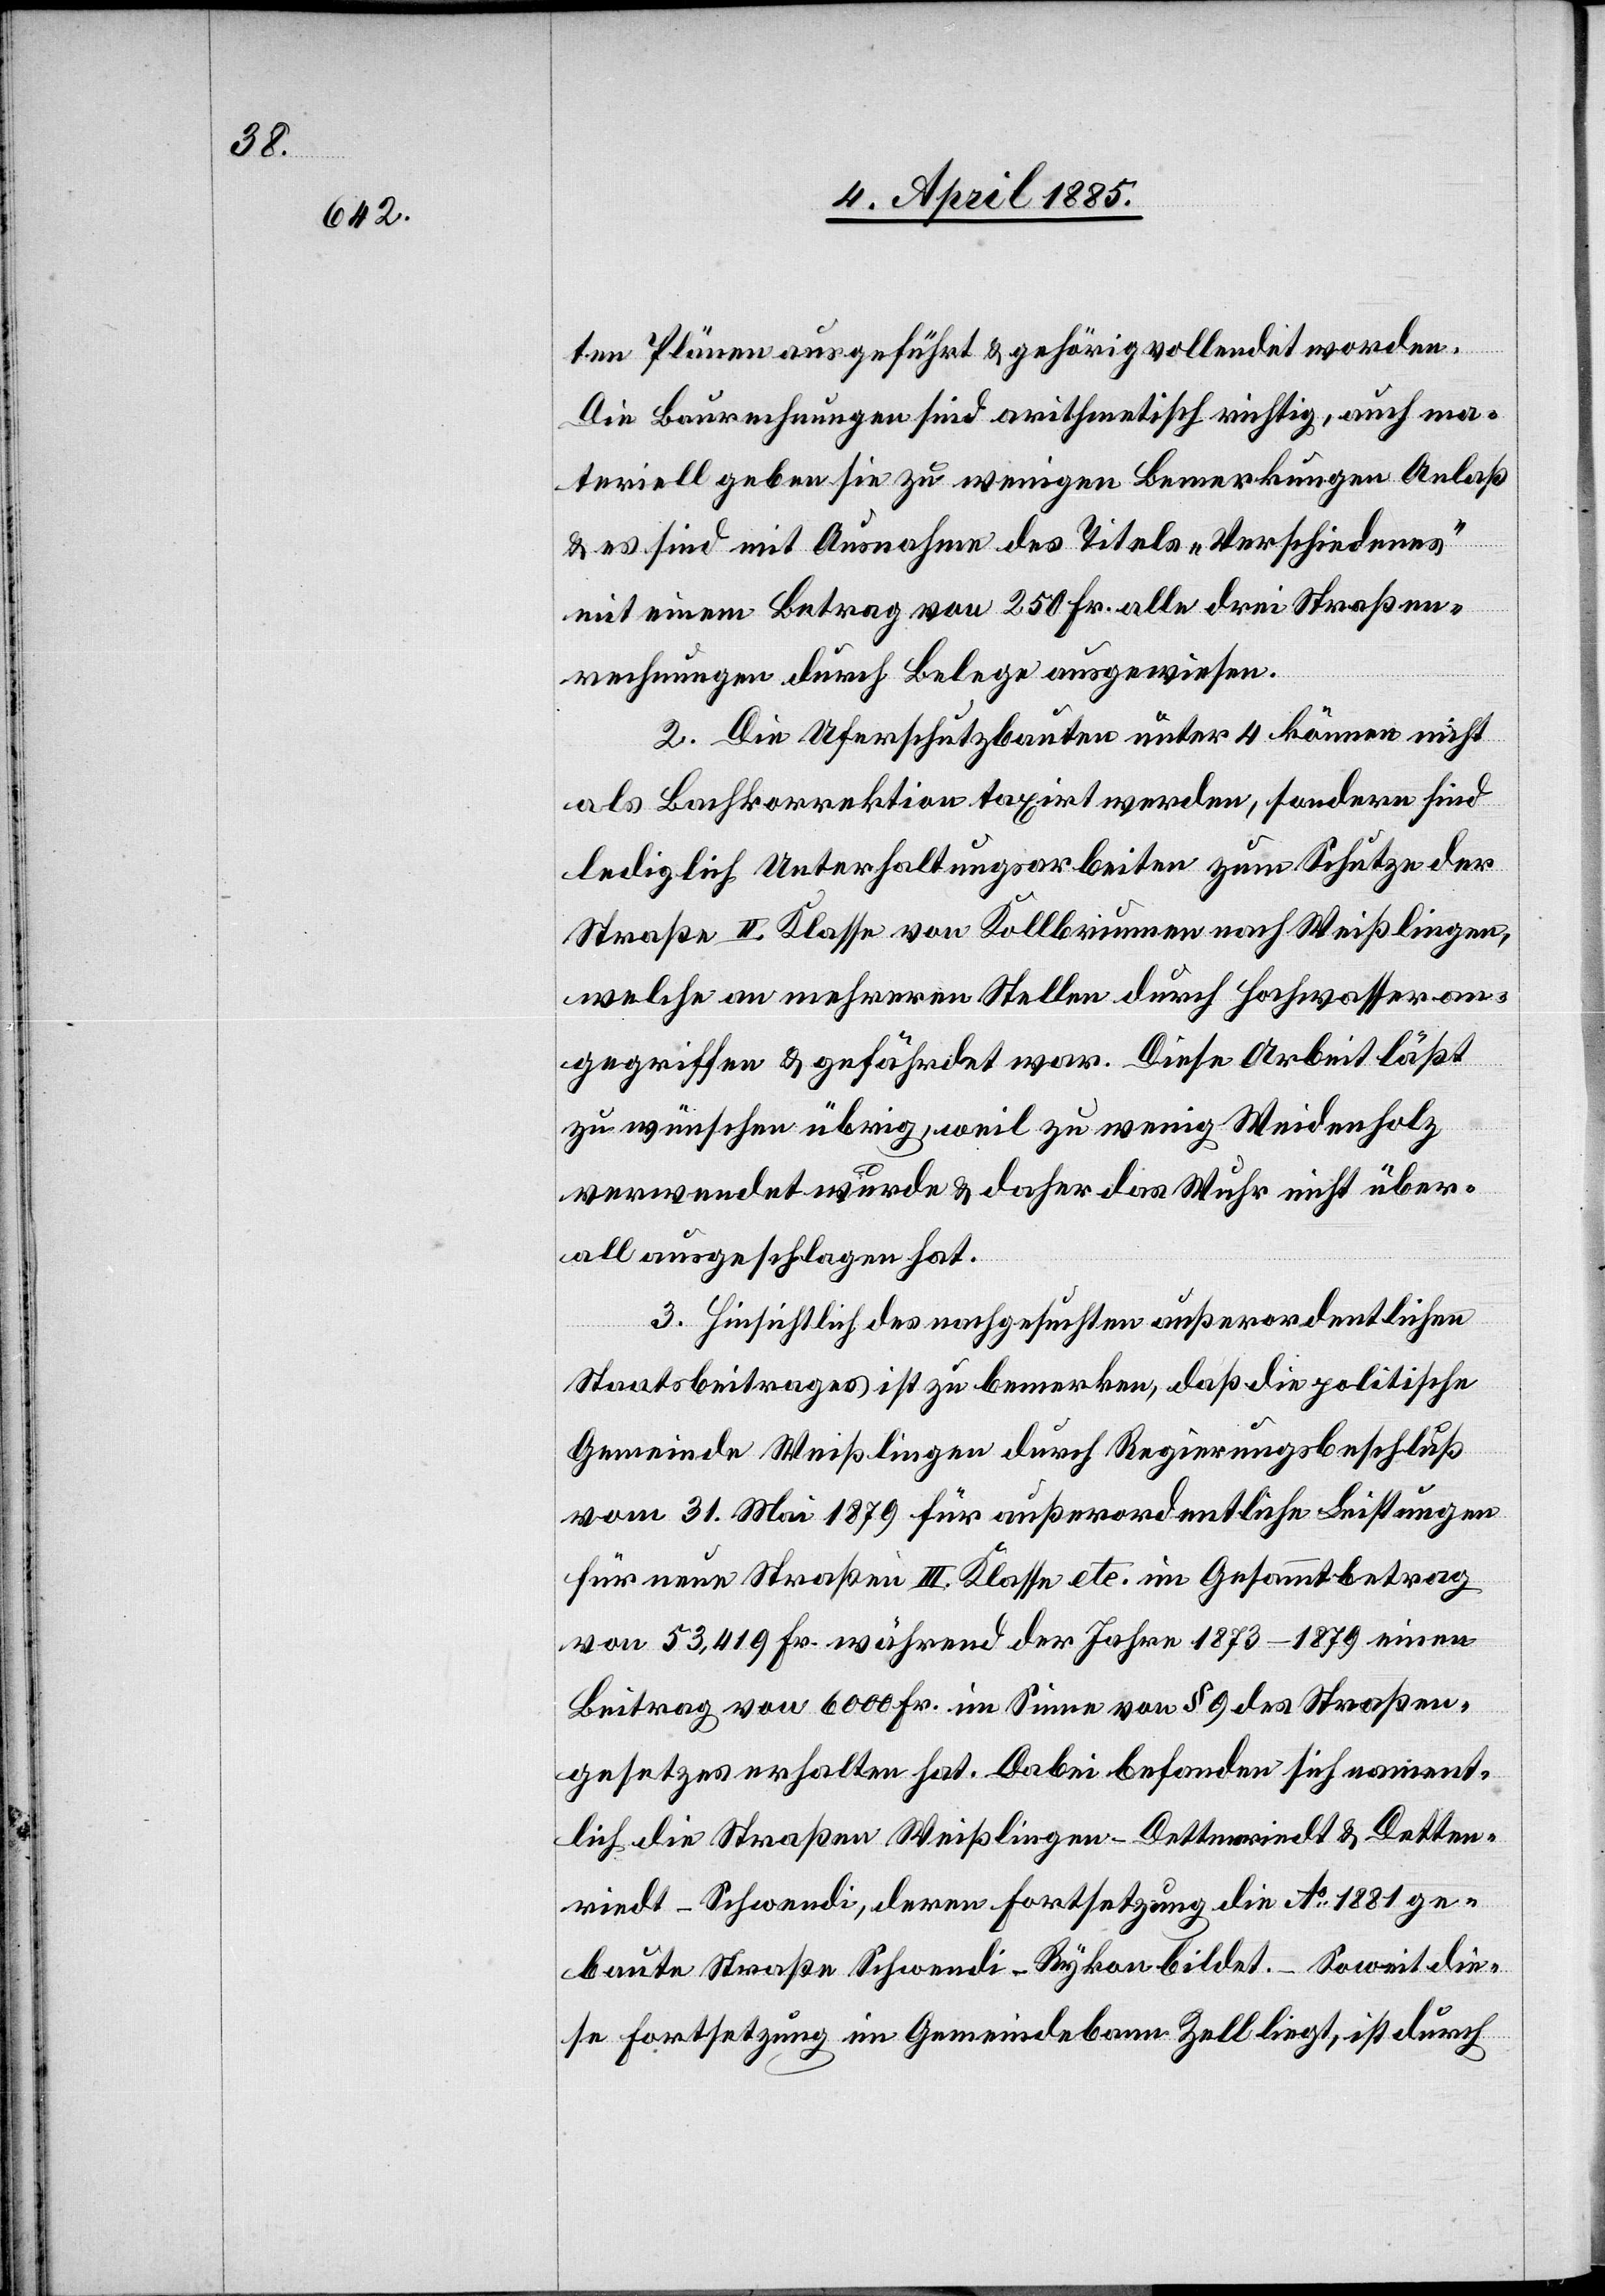
ten Plänen ausgeführt & gehörig vollendet worden.
Die Berechnungen sind arithmetisch richtig, auch ma¬
teriell geben sie zu wenigen Bemerkungen Anlaß
& es sind mit Ausnahme des Titels „Verschiedenes“
mit einem Betrag von 250 Fr. alle drei Straßen¬
rechnungen durch Belege ausgewiesen.
2. Die Uferschutzbauten unter 4 können nicht
als Bachkorrektion taxirt werden, sondern sind
lediglich Unterhaltungsarbeiten zum Schutze der
Straße II. Klasse von Kollbrunnen nach Weißlingen,
welche an mehreren Stellen durch Hochwasser an¬
gegriffen & gefährdet war. Diese Arbeit läßt
zu wünschen übrig, weil zu wenig Weidenholz
verwendet wurde & daher das Wuhr nicht über¬
all ausgeschlagen hat.
3. Hinsichtlich des nachgesuchten außerordentlichen
Staatsbeitrages ist zu bemerken, daß die politische
Gemeinde Weißlingen durch Regierungsbeschluß
vom 31. Mai 1879 für außerordentliche Leistungen
für neue Straßen III. Klasse etc. im Gesammtbetrag
von 53,419 Fr. während der Jahre 1873–1879 einen
Beitrag von 6000 Fr. im Sinne von § 9 des Straßen¬
gesetzes erhalten hat. Dabei befanden sich nament¬
lich die Straßen Weißlingen–Dettenriedt & Detten¬
riedt–Schwendi, deren Fortsetzung die No 1881 ge¬
baute Straße Schwendi–Rykon bildet. Soweit die¬
se Fortsetzung im Gemeindebann Zell liegt, ist durch